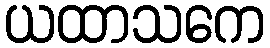
ယထာသကေ